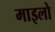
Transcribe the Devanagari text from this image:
माइलो